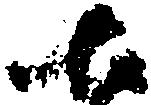
七